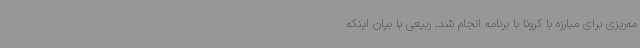
مه‌ریزی برای مبارزه با کرونا با برنامه انجام شد. ربیعی با بیان اینکه